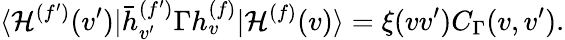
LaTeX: \langle{\cal H}^{(f^{\prime})}(v^{\prime})|\bar{h}_{v^{\prime}}^{(f^{\prime})}\Gamma h_{v}^{(f)}|{\cal H}^{(f)}(v)\rangle=\xi(vv^{\prime})C_{\Gamma}(v,v^{\prime}).